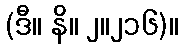
(ဒီ။ နိ။ ၂။၂၁၆)။